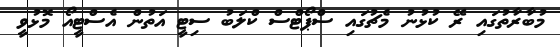
މުބާރާތުގައި ރޭ ކުޅުނު މެޗުގައި ސްޕޯޓްސް ކްލަބު ސިޓީ އަތުން އެސްޓީއޯ މޮޅުވީ